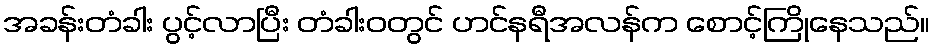
အခန်းတံခါး ပွင့်လာပြီး တံခါးဝတွင် ဟင်နရီအလန်က စောင့်ကြိုနေသည်။